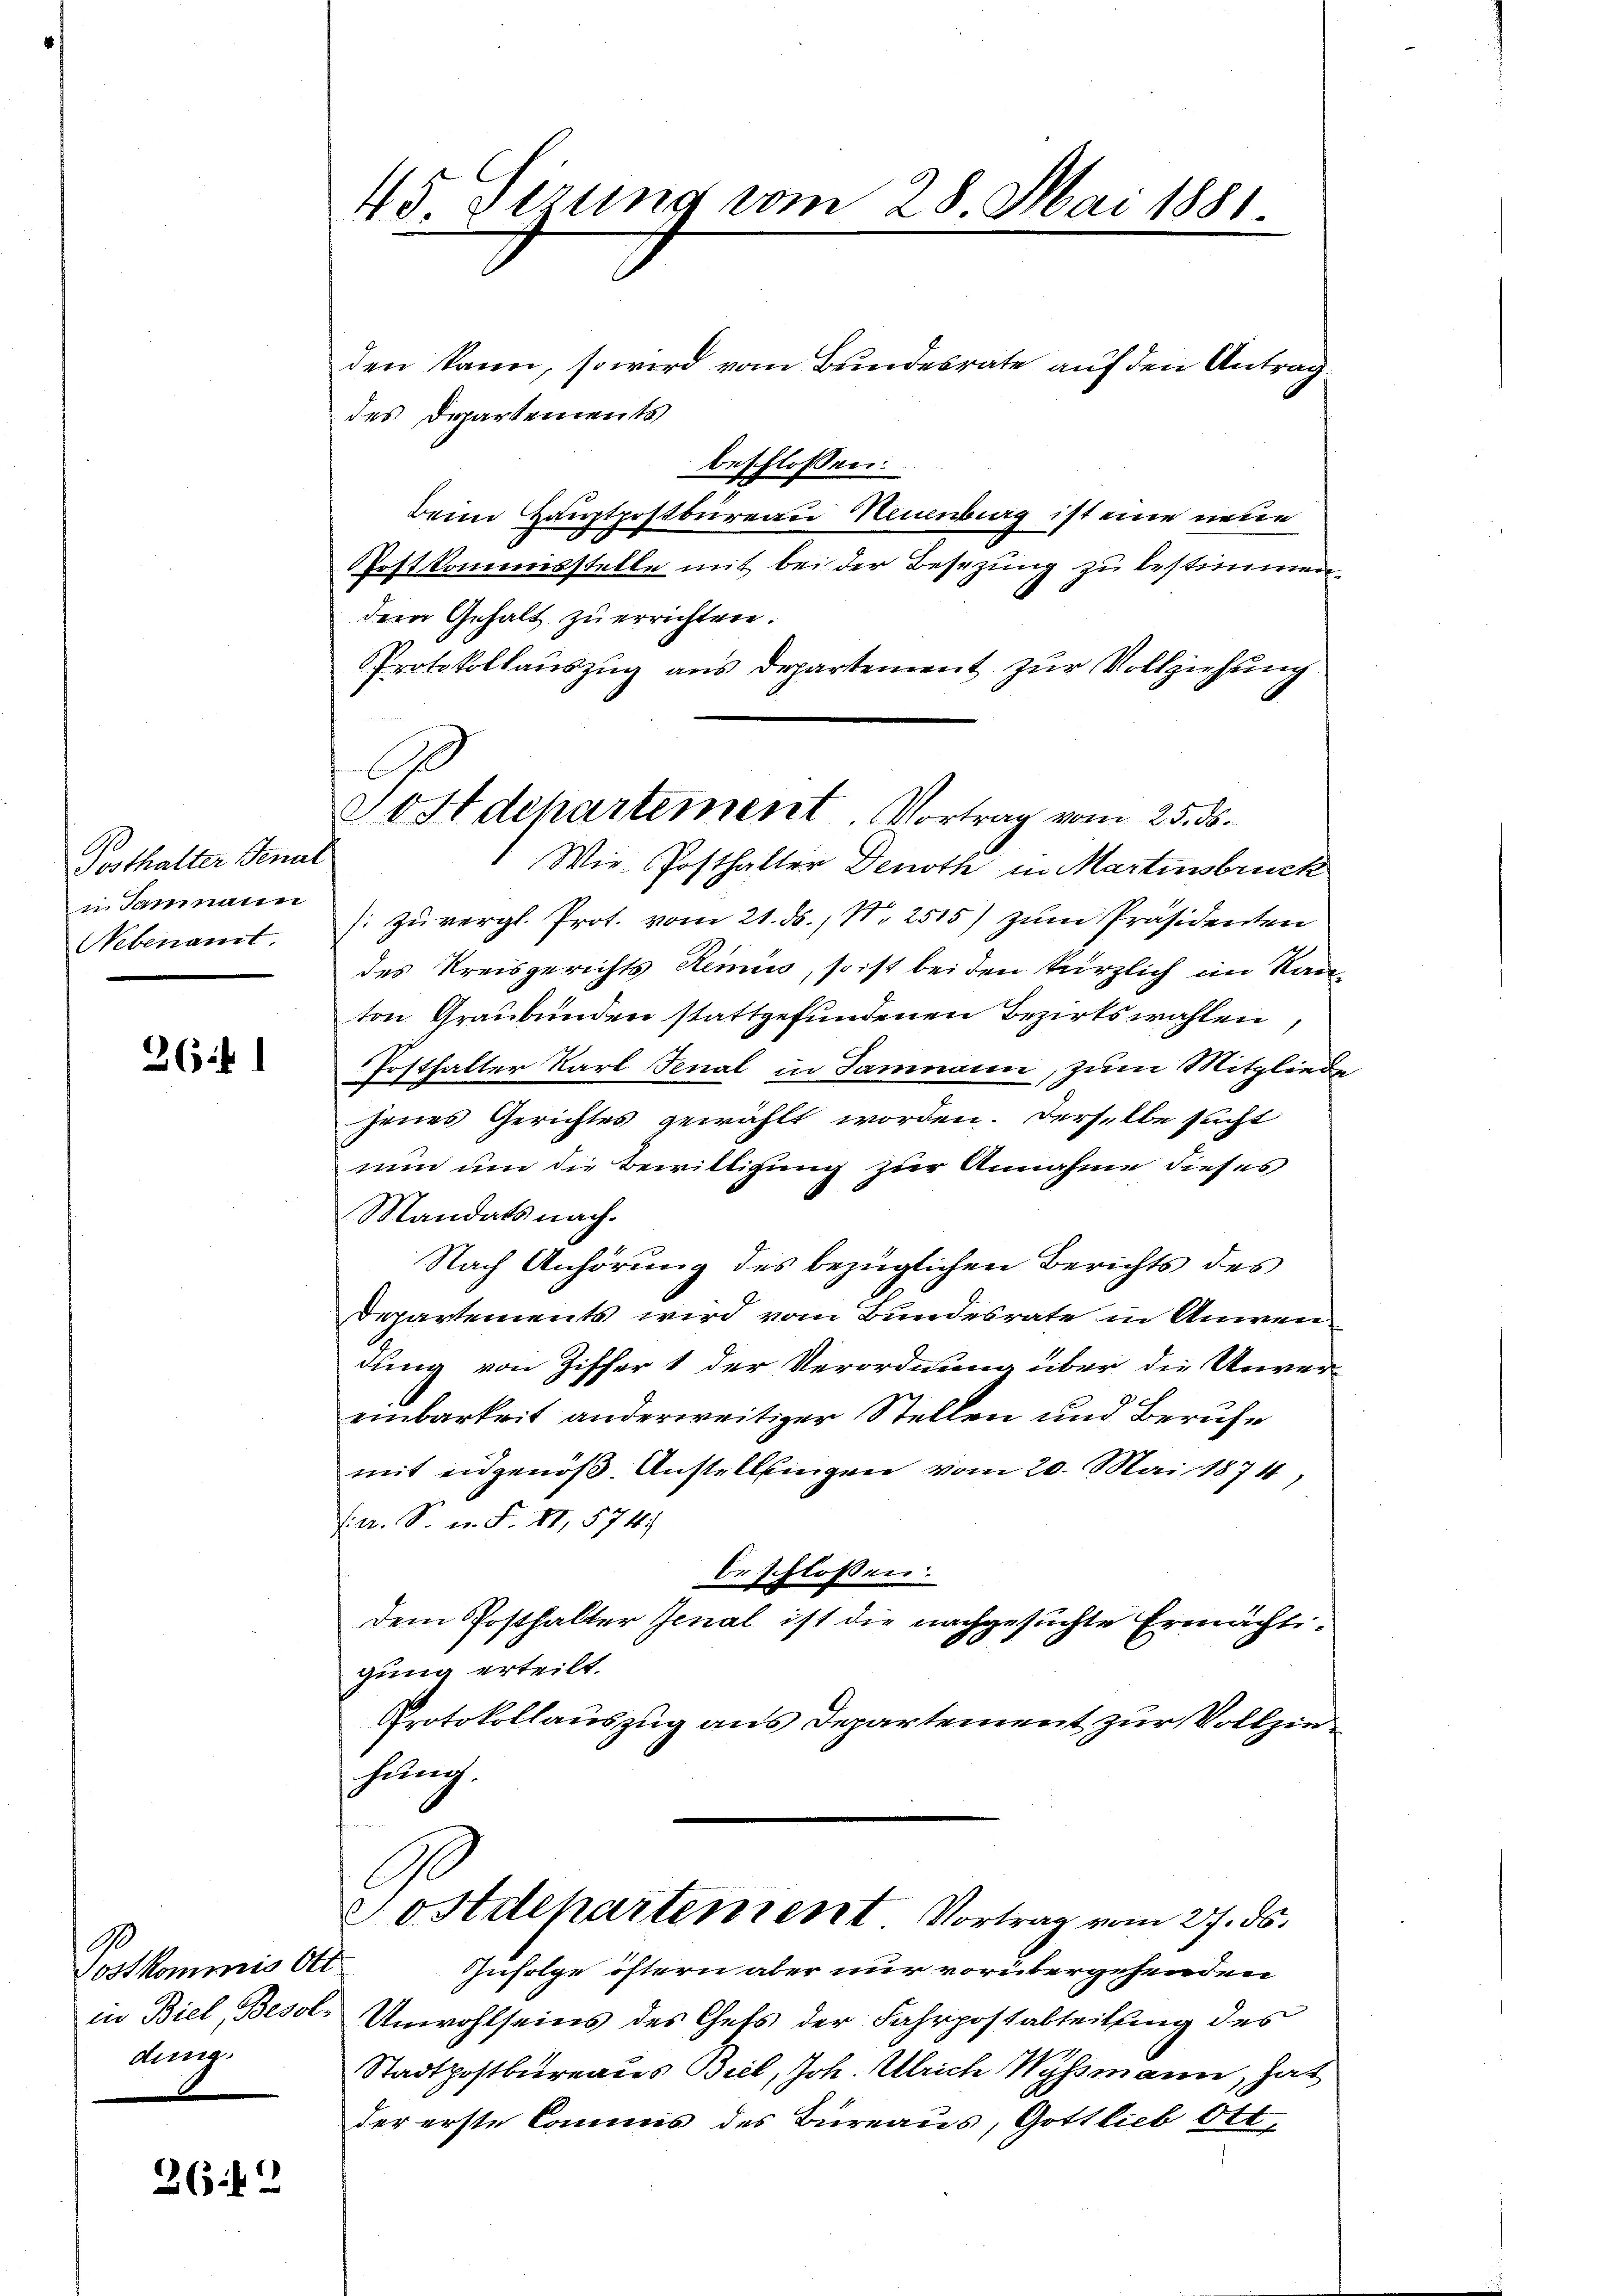
Posthalter Genul
in Samnaien
Nebenamt.

2641

Postkommis Ott
ding

26.12

45 Sirung vom 28. Mai 1881

den kann, so wird vom Bundesrate auf den Antrag
des Departements
beschlossen:
Beim Hauptpostbureau Neuenburg ist eine neue
Postkommisstelle mit bei der Besezung zu bestimmen.
dem Gehalt zu errichten.
Protokollauszug aus departement zur Vollziehung
Wie Posthalter Denoth in Martinsbruck
 Zuvergl. Prot. vom 21. ds., N. 2515) zum Präsidenten
des Kreisgerichts Remins, so ist bei den kürzlich im Kanton Graubünden stattgefundenen Bezirkswahlen,
Posthalter Karl Fenal in Samnaun, zum Mitglieder
jenes Gerichtes gewählt worden. Derselbe sucht
nun um die Bewilligung zur Annahme dieses
Mandats nach.
Nach Anhörung des bezüglichen Berichts des
Departements wird vom Bundesrate in Anwendung von Ziffer 1 der Verordnung über die Unver-
einbarkeit anderweitiger Stellen und Berufe
mit eidgenöß. Anstellungen vom 20. Mai 1874)
(. a. S. n. F. II, 574
beschlossen:
dem Posthalter Jenal ist die nachgesuchte Ermächtigung erteilt.
Protokollauszug aus Departement zur Vollgenhung.
Postdepartement Vortrag vom 27. ds.
Zufolge öftern aber nur vorübergehenden
in Biel, Besol. Unwohlseins des Chefs der Fahrpostabteilung des
Stadtpostbureaus Biel, Joh. Ulrich Wyssmann, hat
der erste Commis des Büreaus, Gottlieb Ott,

e

Stdchartement. Vortrag vom 25. ds.